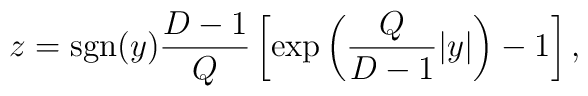
z={\rm sgn}(y){{D-1}\over Q}\left[\exp\left({Q\over{D-1}}|y|\right)-1\right],